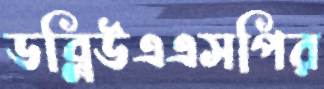
ডব্লিউএএসপির